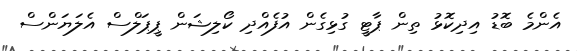
އެންމެ ބޮޑު އިދިކޮޅު ތިން ޕާޓީ ގުޅިގެން އުފެއްދި ކޯލިޝަން ޕީޕަލްސް އެލަޔަންސް